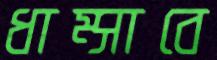
ধাম্‌সাবে